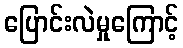
ပြောင်းလဲမှုကြောင့်